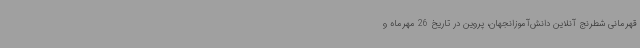
قهرمانی شطرنج آنلاین دانش‌آموزانجهان، پروین در تاریخ 26 مهرماه و